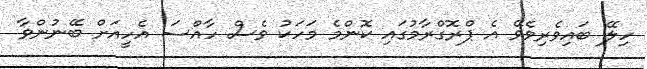
ހިލޭ ބައިވެރިވެވޭ އެ ޕްރޮގްރާމުގައި ކޮންމެ މަހަކު ވެސް ހާއްސަ އެހީއަށް ބޭނުންވާ